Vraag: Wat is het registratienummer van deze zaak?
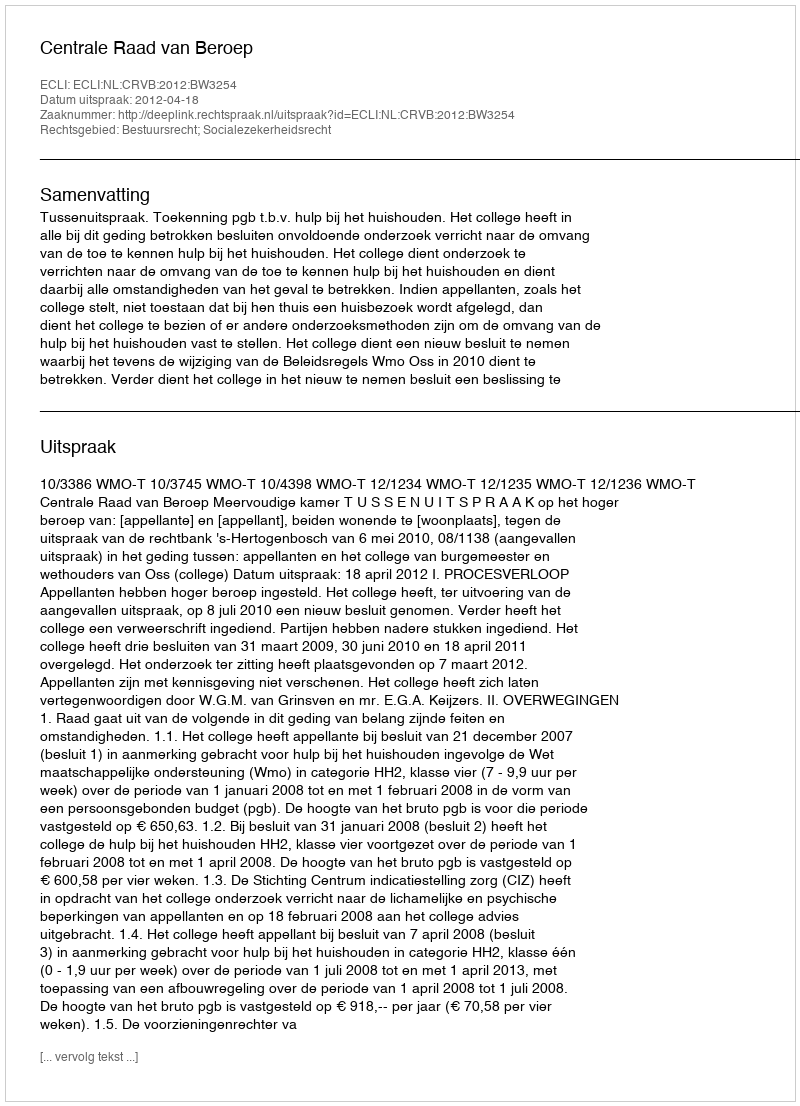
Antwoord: http://deeplink.rechtspraak.nl/uitspraak?id=ECLI:NL:CRVB:2012:BW3254